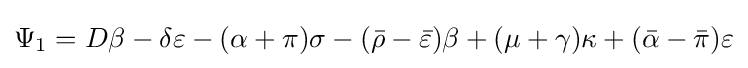
\Psi _{1}=D\beta -\delta \varepsilon -(\alpha +\pi )\sigma -({\bar {\rho }}-{\bar {\varepsilon }})\beta +(\mu +\gamma )\kappa +({\bar {\alpha }}-{\bar {\pi }})\varepsilon